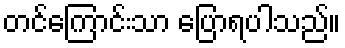
တင်ကြောင်းသာ ပြောရပါသည်။